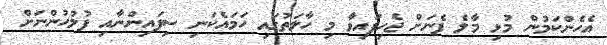
އެހެންކަމުން މުޅި މާލެ ފެނަށް ޖެހިފައިވާ މި ހާލަތުގައި ހަމައެކަނި ސިފައިންނާއި ފުލުހުންނަށް